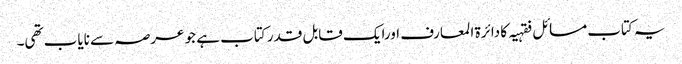
یہ کتاب مسائل فقہیہ کا دائرة المعارف اورایک قابل قدر کتاب ہے جو عرصہ سے نایاب تھی۔